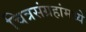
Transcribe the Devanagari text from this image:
चित्रसंग्रहांमध्ये